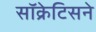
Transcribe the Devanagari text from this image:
सॉक्रेटिसने